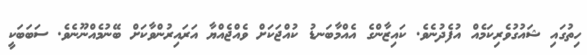
ހިތުގައި ޝައުގުވެރިކަމެއް އުފެދުނެވެ. ކައިޒާންގެ އެއްމާބަނޑު ކުއްޖަކަށް ވެއްޖެއްޔާ އަރައިރުންވާކަށް ބޭނުމެއްނޫނެވެ. ސަބަބަކީ